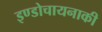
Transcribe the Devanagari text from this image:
इण्डोचायनाकी